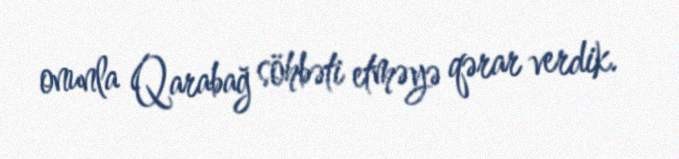
onunla Qarabağ söhbəti etməyə qərar verdik.